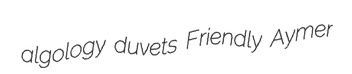
algology duvets Friendly Aymer